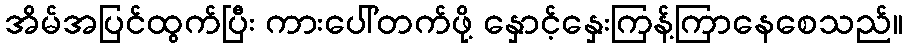
အိမ်အပြင်ထွက်ပြီး ကားပေါ်တက်ဖို့ နှောင့်နှေးကြန့်ကြာနေစေသည်။